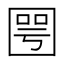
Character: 𡈆